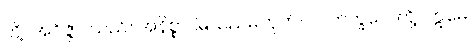
တို့။ အဝိဇ္ဇာ၊ သည်။ အနိစ္စာ၊ မြဲသည်မဟုတ်။ ပ။ ဘိက္ခဝေ၊ တို့။ ဣမေ၊